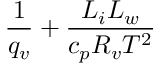
\frac { 1 } { q _ { v } } + \frac { L _ { i } L _ { w } } { c _ { p } R _ { v } T ^ { 2 } }